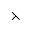
\leftthreetimes